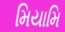
મિયામિ